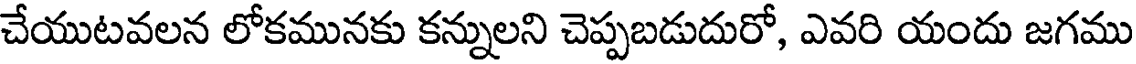
చేయుటవలన లోకమునకు కన్నులని చెప్పబడుదురో, ఎవరి యందు జగము